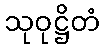
သုဝုဋ္ဌိတံ